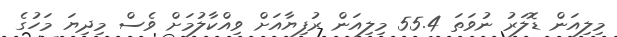
މިލިއަން ޑޮލަރު ނުވަތަ 55.4 މިލިއަން ރުފިޔާއަށް ވިއްކާލުމަށް ވެސް މިދިޔަ މަހުގެ